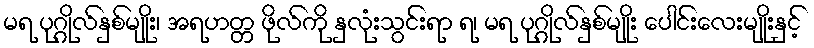
မရ ပုဂ္ဂိုလ်နှစ်မျိုး၊ အရဟတ္တ ဖိုလ်ကို နှလုံးသွင်းရာ ရ၊ မရ ပုဂ္ဂိုလ်နှစ်မျိုး ပေါင်းလေးမျိုးနှင့်